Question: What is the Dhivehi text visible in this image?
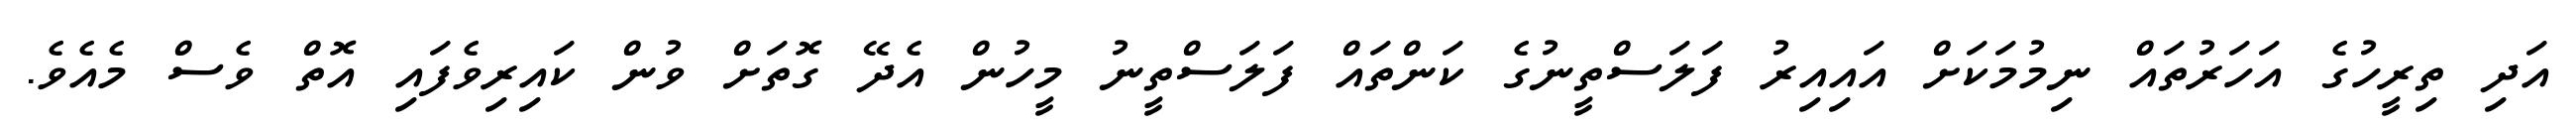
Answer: އަދި ތިރީހުގެ އަހަރުތައް ނިމުމަކަށް އައިއިރު ފަލަސްތީނުގެ ކަންތައް ފަލަސްތީނު މީހުން އެދޭ ގޮތަށް ވުން ކައިރިވެފައި އޮތް ވެސް މެއެވެ.